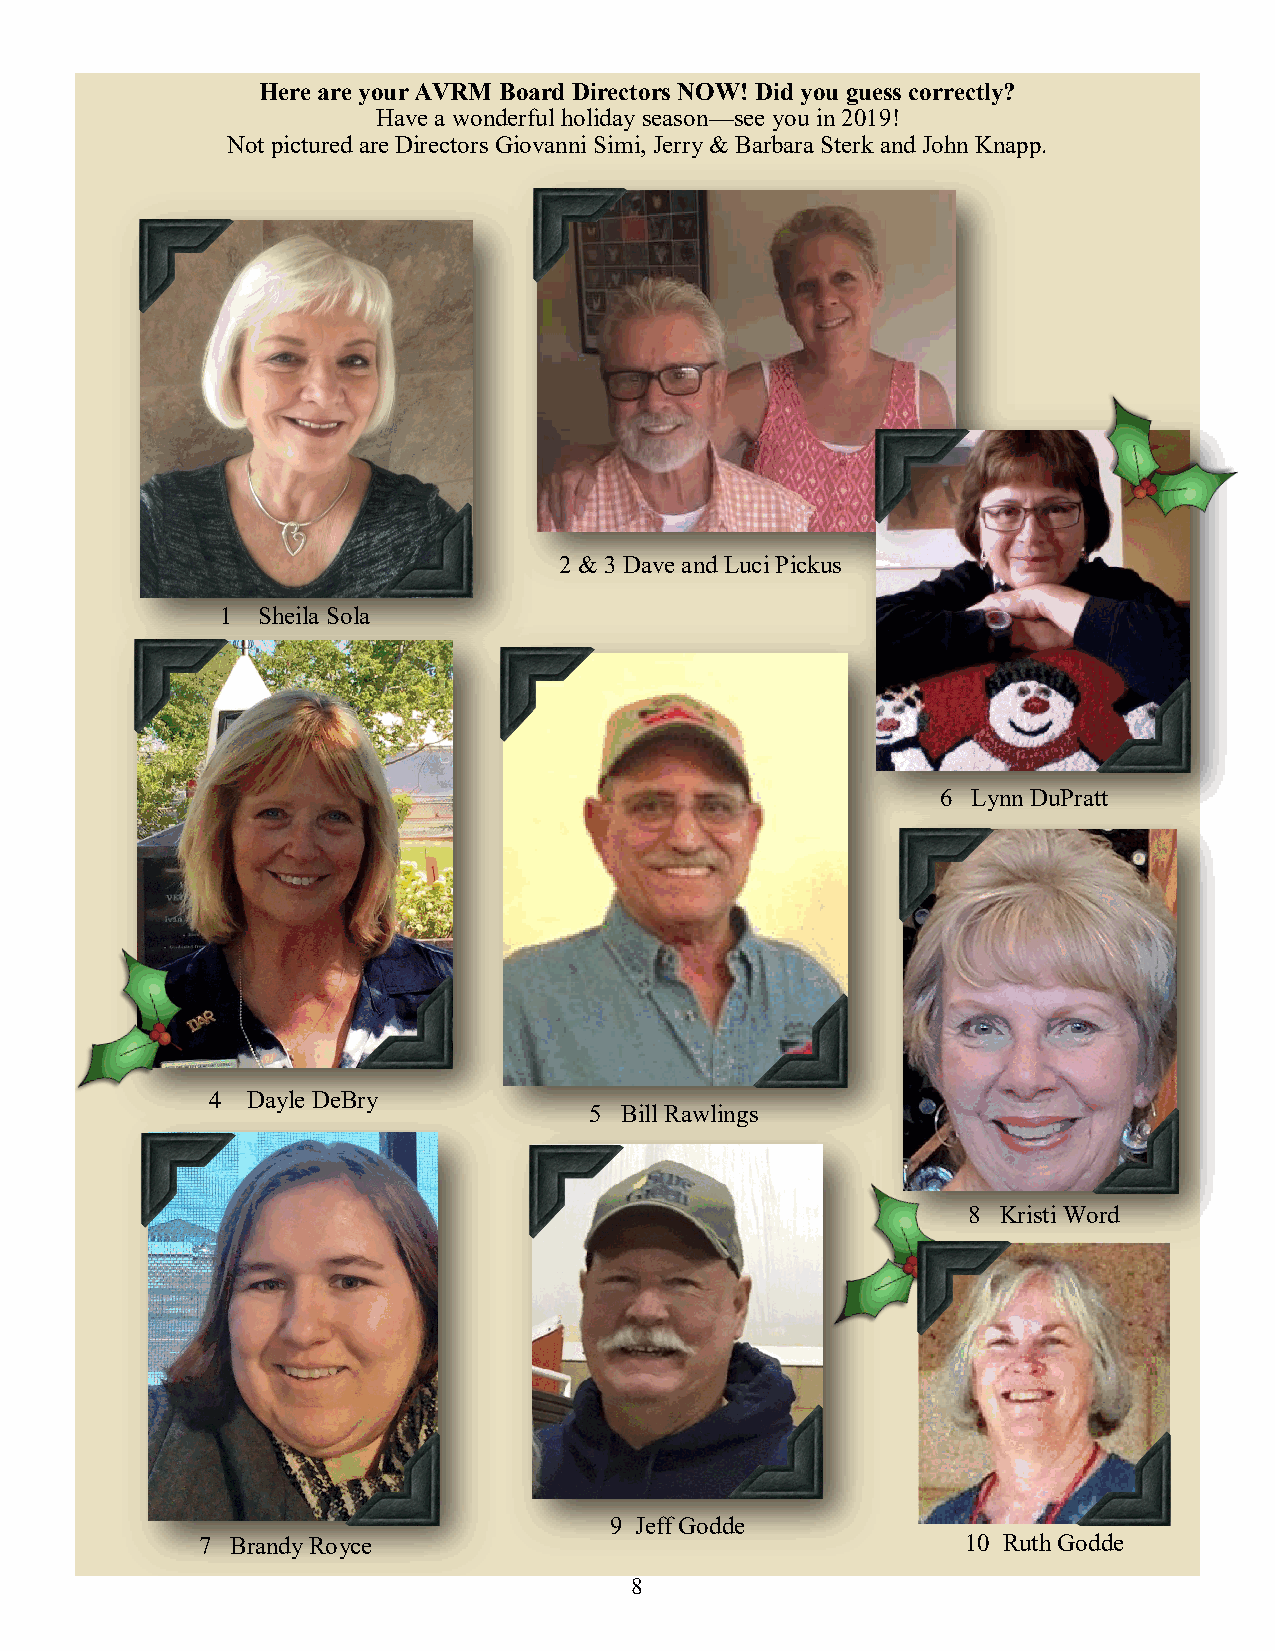
Here are your AVRM Board Directors NOW! Did you guess correctly?
 Have a wonderful holiday season—see you in 2019!
 Not pictured are Directors Giovanni Simi, Jerry & Barbara Sterk and John Knapp.
 2 & 3 Dave and Luci Pickus
 1 Sheila Sola
 6 Lynn DuPratt
 4 Dayle DeBry
 5 Bill Rawlings
 8 Kristi Word
 9 Jeff Godde
 7 Brandy Royce                                     10 Ruth Godde
 8